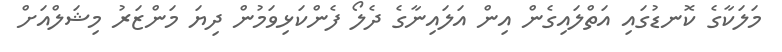
މަލަކާގެ ކޮނޑުގައި އަތްލައިގެން އިން އަލައިނާގެ ދެލޯ ފެންކަޅިވަމުން ދިޔަ މަންޒަރު މިޝަލްއަށް